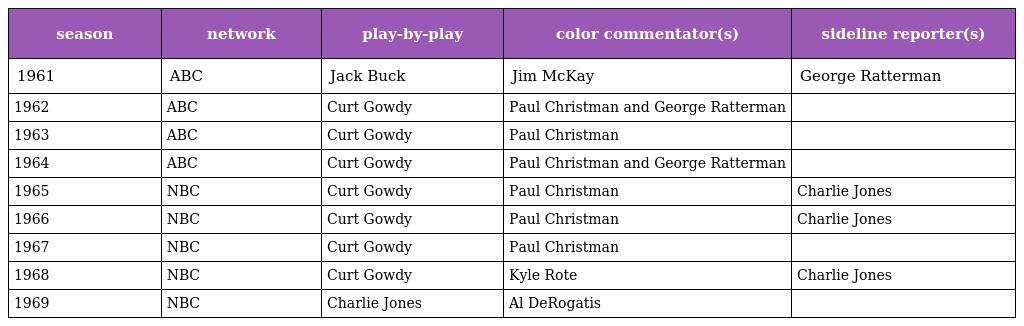
| season | network | play-by-play | color commentator(s) | sideline reporter(s) |
 | --- | --- | --- | --- | --- |
 | 1961 | ABC | Jack Buck | Jim McKay | George Ratterman |
 | 1962 | ABC | Curt Gowdy | Paul Christman and George Ratterman |  |
 | 1963 | ABC | Curt Gowdy | Paul Christman |  |
 | 1964 | ABC | Curt Gowdy | Paul Christman and George Ratterman |  |
 | 1965 | NBC | Curt Gowdy | Paul Christman | Charlie Jones |
 | 1966 | NBC | Curt Gowdy | Paul Christman | Charlie Jones |
 | 1967 | NBC | Curt Gowdy | Paul Christman |  |
 | 1968 | NBC | Curt Gowdy | Kyle Rote | Charlie Jones |
 | 1969 | NBC | Charlie Jones | Al DeRogatis |  |